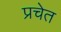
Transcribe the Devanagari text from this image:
प्रचेत